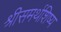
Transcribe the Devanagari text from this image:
श्रीसमर्थशिष्य